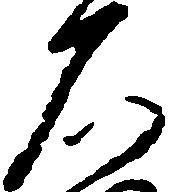
石